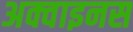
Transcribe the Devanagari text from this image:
अक्वाइनस